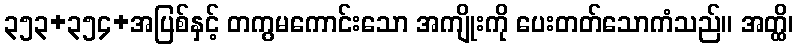
၃၅၃+၃၅၄+အပြစ်နှင့် တကွမကောင်းသော အကျိုးကို ပေးတတ်သောကံသည်။ အတ္ထိ၊